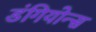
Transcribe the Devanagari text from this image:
डंगियोन्स